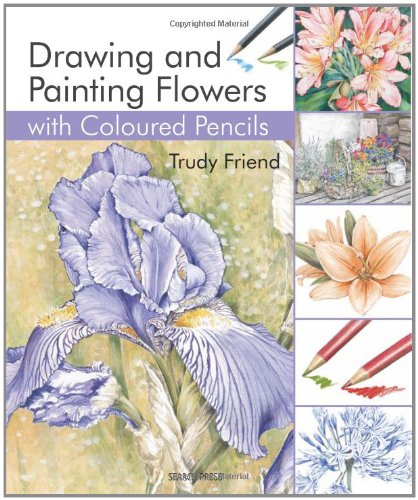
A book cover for Drawing and Painting Flowers with Coloured Pencils; Trudy Friend; Arts & Photography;